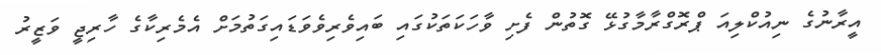
އީރާނުގެ ނިއުކްލިއަ ޕްރޮގްރާމާގުޅޭ ގޮތުން ފެށި ވާހަކަތަކުގައި ބައިވެރިވެވަޑައިގަތުމަށް އެމެރިކާގެ ހާރިޖީ ވަޒީރު